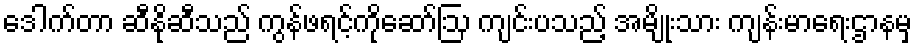
ဒေါက်တာ ဆီနိုဆီသည် ကွန်ဖရင့်ကိုဆော်ဩ ကျင်းပသည့် အမျိုးသား ကျန်းမာရေးဌာနမှ